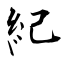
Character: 紀